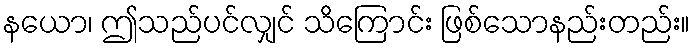
နယော၊ ဤသည်ပင်လျှင် သိကြောင်း ဖြစ်သောနည်းတည်း။